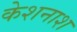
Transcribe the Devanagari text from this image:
केशनाश